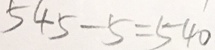
5 4 5 - 5 = 5 4 0